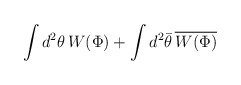
\begin{align*} \int d^2\theta\, W(\Phi) + \int d^2\bar\theta\, \overline{W(\Phi)}\end{align*}